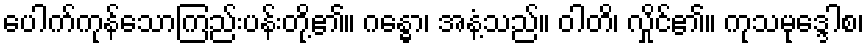
ပေါက်ကုန်သောကြည်းပန်းတို့၏။ ဂန္ဓော၊ အနံ့သည်။ ဝါတိ၊ လှိုင်၏။ ကုသမုဒ္ဒေါစ၊